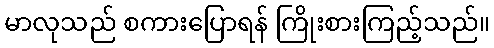
မာလုသည် စကားပြောရန် ကြိုးစားကြည့်သည်။